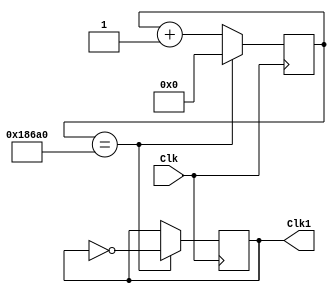
module divideClk(Clk,Clk1);
input Clk;
output reg Clk1;
reg [17:0]Count;

always @(posedge Clk)
	begin
		if (Count == 18'd100000)begin
			Clk1=~Clk1;
			Count=0;
			end
		else 
			Count=Count+1;
	end
	
endmodule